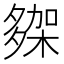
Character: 𭐾